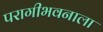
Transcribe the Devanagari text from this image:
परागीभवनाला